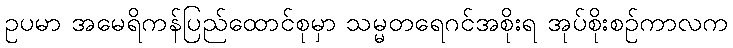
ဥပမာ အမေရိကန်ပြည်ထောင်စုမှာ သမ္မတရေဂင်အစိုးရ အုပ်စိုးစဉ်ကာလက